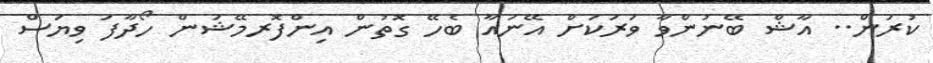
ކުރަން.. އާޝް ބޭނުންވާ ވަރަކަށް އޭނައާ ބެހޭ ގޮތުން އިންފޮރމޭޝަން ހޯދާފަ ވިޔަސް